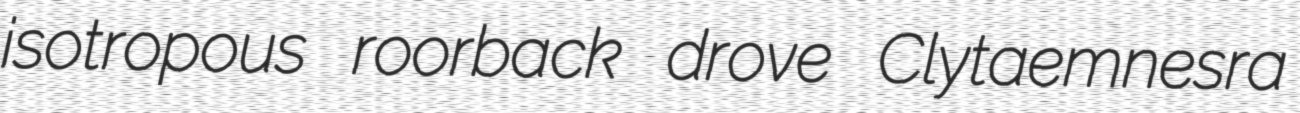
isotropous roorback drove Clytaemnesra